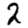
Digit: 2